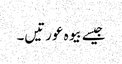
جیسے بیوہ عورتیں۔